Civil Veterinary Department. Central Provinces & Berar 1925-31 - 1925-1931
Year: 1925
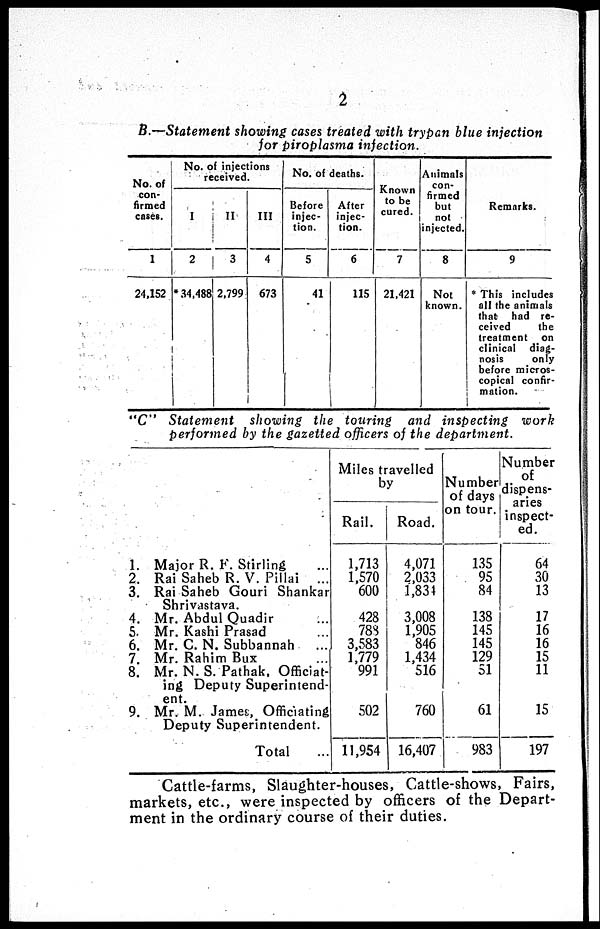
2
B.—Statement showing cases treated with trypan blue injection
for Piroplasma infection.
No. of
con-
firmed
cases.
1
24,152
No. of injections
received.
I
2
*34,488
II
3
2,799
III
4
673
No. of deaths.
Before
injec-
tion.
5
41
After
injec-
tion.
6
115
Known
to be
cured.
7
21,421
Animals
con-
firmed
but
not
injected.
8
Not
known.
Remarks.
9
* This includes
all the animals
that had re-
ceived
the
treatment on
clinical diag-
nosis
only
before micros-
copical confir-
mation.
"C" Statement
showing the touring and inspecting work
performed by the gazetted officers of the department.
1.
2.
3.
4.
5. 6.
7.
8.
9.
Major R. F. Stirling ...
Rai Saheb R. V. Pillai ...
Rai Saheb Gouri Shankar
Shrivastava.
Mr. Abdul Quadir ...
Mr. Kashi Prasad ...
Mr. C. N. Subbannah ...
Mr. Rahim Bux ...
Mr. N. S. Pathak, Officiat-
ing Deputy Superintend-
ent.
Mr. M. James, Officiating
Deputy Superintendent.
Total ...
Miles travelled
by
Rail.
1,713
1,570
600
428
788
3,583
1,779
991
502
11,954
Road.
4,071
2,033
1,834
3,008
1,905
846
1,434
516
760
16,407
Number
of days
on tour.
135
95
84
138
145
145
129
51
61
983
Number
of
dispens-
aries
inspect-
ed.
64
30
13
17
16
16
15
11
15
197
Cattle-farms, Slaughter-houses, Cattle-shows, Fairs,
markets, etc., were inspected by officers of the Depart-
ment in the ordinary course of their duties.